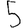
Digit: 5